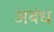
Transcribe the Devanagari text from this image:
अबंध